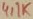
Text: 4,1K